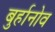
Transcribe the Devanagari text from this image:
बुर्हानोव